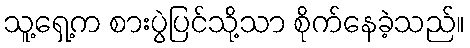
သူ့ရှေ့က စားပွဲပြင်သို့သာ စိုက်နေခဲ့သည်။